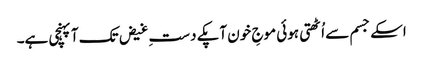
اسکے جسم سے اُٹھتی ہوئی موجِ خون آپکے دستِ غیض تک آپہنچی ہے۔